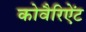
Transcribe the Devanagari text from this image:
कोवैरिऐंट